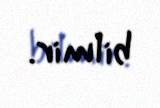
bilmir.